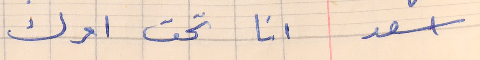
اسعد        انا تحت امرك